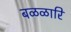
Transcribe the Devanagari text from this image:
बळळारि